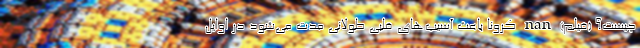
چیست؟ (فیلم) nan کرونا باعث آسیب‌های قلبی طولانی مدت می‌شود در اوایل